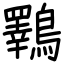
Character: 鸅